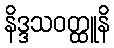
နိဒ္ဒသဝတ္ထူနိ